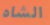
الشاه